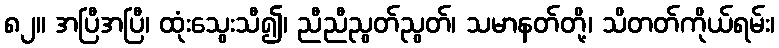
၈၂။ အပြီအပြီ၊ ထုံးသွေးသီ၍၊ ညီညီညွတ်ညွတ်၊ သမာနတ်တို့၊ သိတတ်ကိုယ်ရမ်း၊